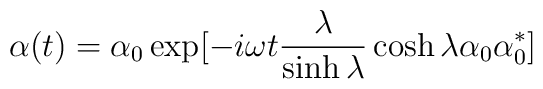
\alpha (t)=\alpha _{0}\exp [-i\omega t\frac {\lambda }{\sinh \lambda }\cosh \lambda \alpha _{0}\alpha _{0}^{*}]